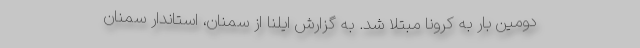
دومین بار به کرونا مبتلا شد. به گزارش ایلنا از سمنان، استاندار سمنان